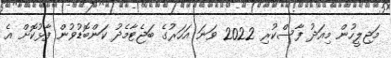
މަޖިލީހުން މިއަދު ފާސްކުރި 2022 ވަނަ އަހަރުގެ ބަޖެޓާމެދު ކަންބޮޑުވުން ފާޅުކޮށް އެ